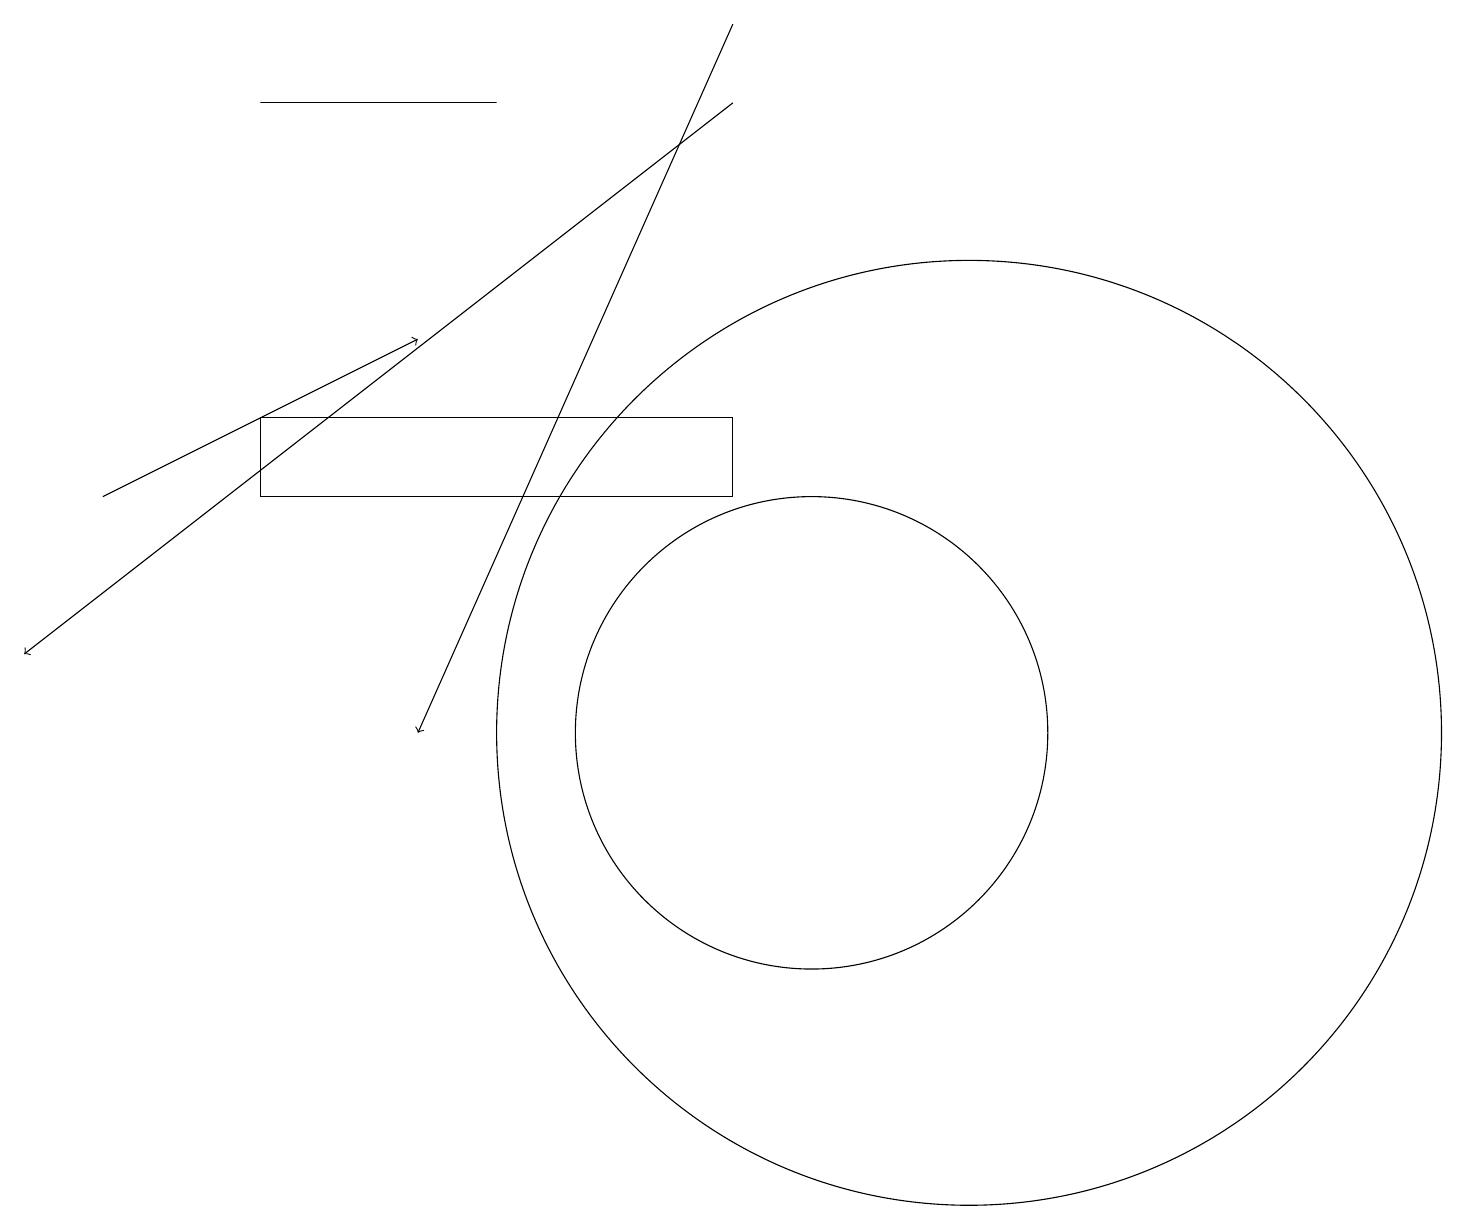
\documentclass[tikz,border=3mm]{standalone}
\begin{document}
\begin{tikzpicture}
\draw[->] (9,18) -- (0,11);
\draw (10,10) circle (3);
\draw (6,18) rectangle (3,18);
\draw[->] (1,13) -- (5,15);
\draw (9,13) rectangle (3,14);
\draw[->] (9,19) -- (5,10);
\draw (12,10) circle (6);
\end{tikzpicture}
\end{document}